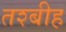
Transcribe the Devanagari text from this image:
तश्बीह